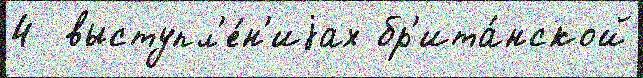
4  выступл'е́н'иjах бр'ита́нской